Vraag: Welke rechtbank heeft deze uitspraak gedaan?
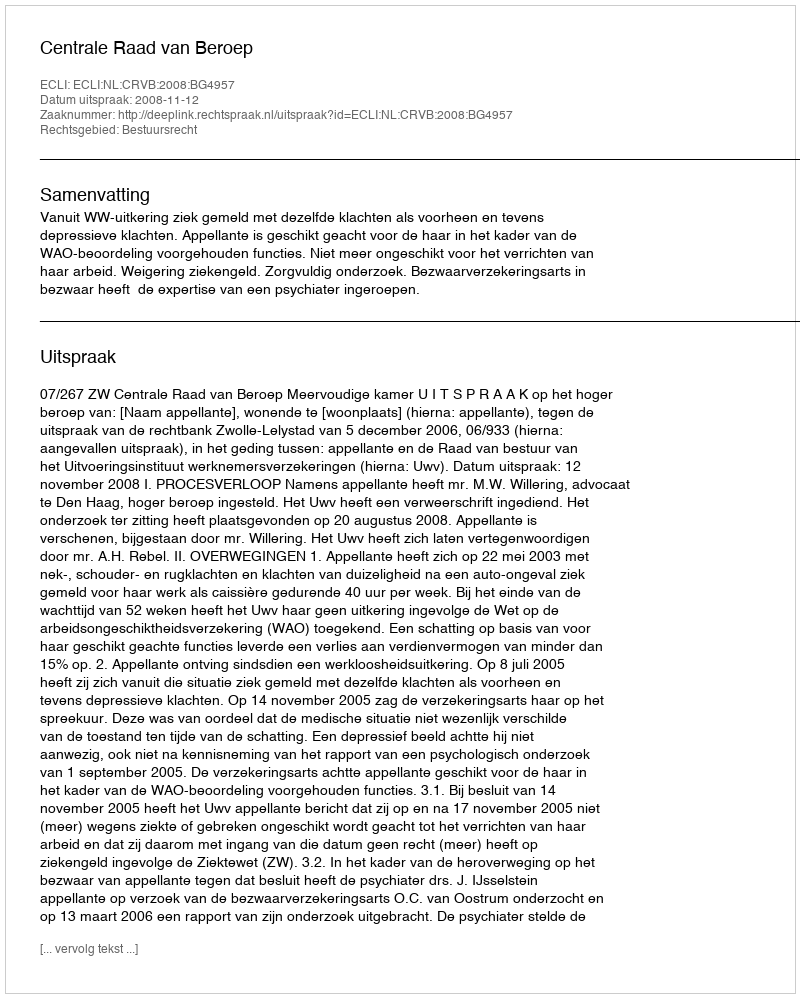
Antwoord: Centrale Raad van Beroep